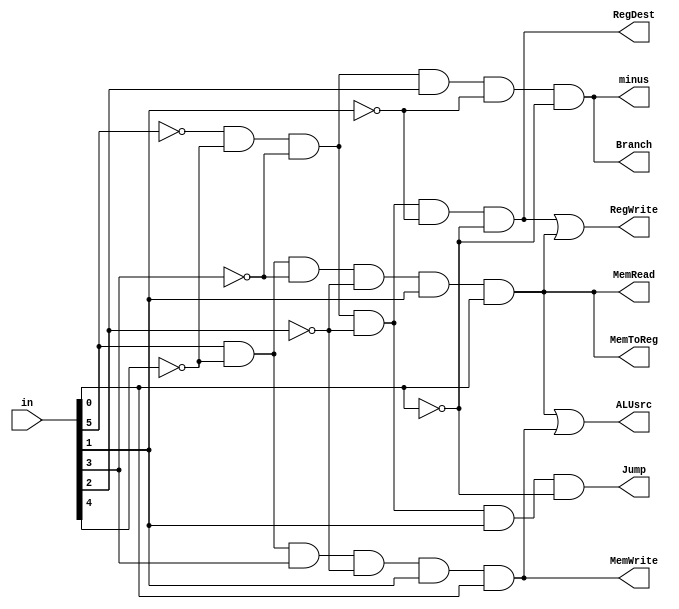
`timescale 1ns/1ps
module ControlCenter(
	input wire [5:0]in,
	output wire RegWrite,
	output wire RegDest,
	output wire ALUsrc,
	output wire Branch,
	output wire MemToReg,
	output wire MemWrite,
	output wire MemRead,
	output wire Jump,
	output wire minus);
	
	wire[1:0] RegWrite1;
	wire[1:0] ALUsrc1;
	wire [5:0]in_out;
	
	not(in_out[0],in[0]);
	not(in_out[1],in[1]);
	not(in_out[2],in[2]);
	not(in_out[3],in[3]);
	not(in_out[4],in[4]);
	not(in_out[5],in[5]);
	
	and(RegWrite1[0],in_out[5],in_out[4],in_out[3],in_out[2],in_out[1],in_out[0]);
	and(RegWrite1[1],in[5],in_out[4],in_out[3],in_out[2],in[1],in[0]);
	or(RegWrite,RegWrite1[0],RegWrite1[1]);
	
	and(RegDest,in_out[5],in_out[4],in_out[3],in_out[2],in_out[1],in_out[0]);
	
	and(ALUsrc1[0],in[5],in_out[4],in_out[3],in_out[2],in[1],in[0]);
	and(ALUsrc1[1],in[5],in_out[4],in[3],in_out[2],in[1],in[0]);
	or(ALUsrc,ALUsrc1[0],ALUsrc1[1]);
	
	and(Branch,in_out[5],in_out[4],in_out[3],in[2],in_out[1],in_out[0]);
	
	and(MemToReg,in[5],in_out[4],in_out[3],in_out[2],in[1],in[0]);
	
	and(MemWrite,in[5],in_out[4],in[3],in_out[2],in[1],in[0]);
	
	and(MemRead,in[5],in_out[4],in_out[3],in_out[2],in[1],in[0]);
	
	and(Jump,in_out[5],in_out[4],in_out[3],in_out[2],in[1],in_out[0]);
	
	and(minus,in_out[5],in_out[4],in_out[3],in[2],in_out[1],in_out[0]);
endmodule